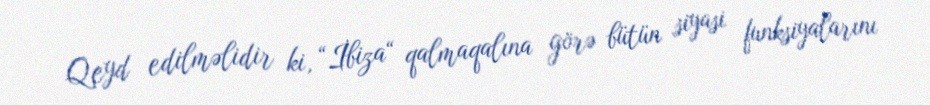
Qeyd edilməlidir ki, “İbiza“ qalmaqalına görə bütün siyasi funksiyalarını